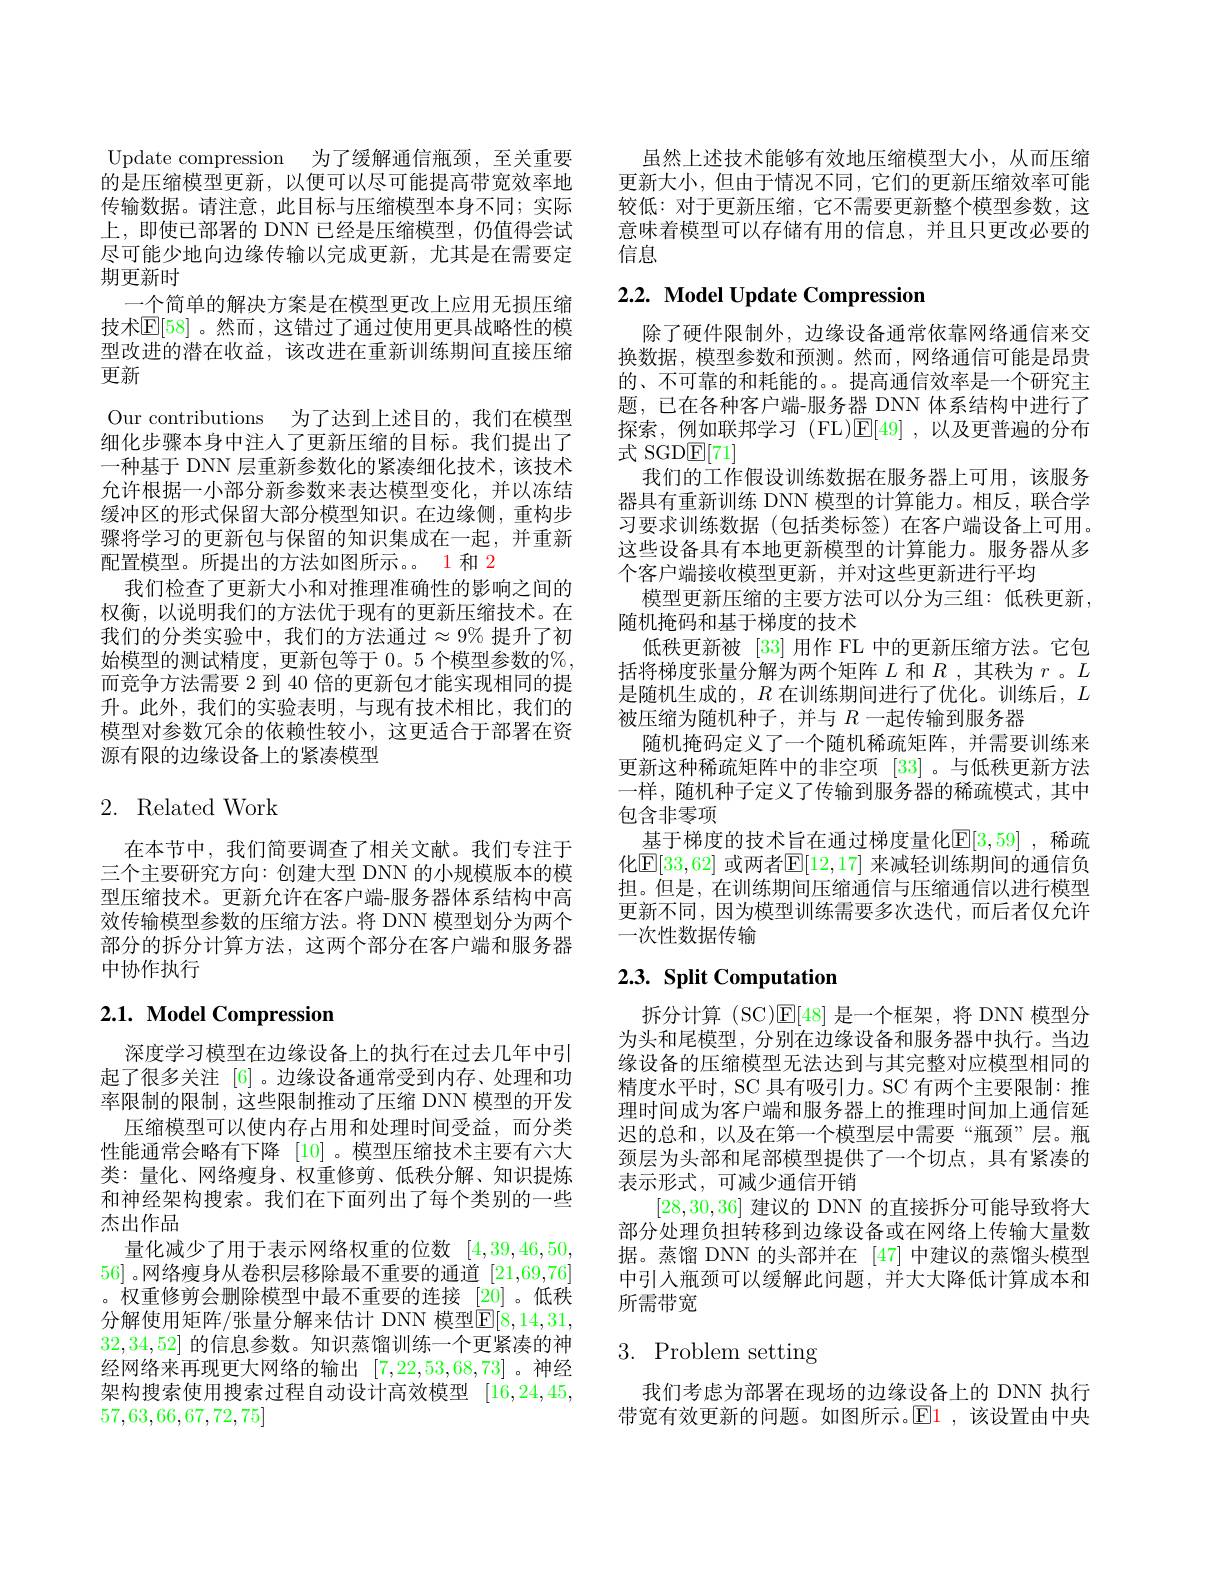
Update compression 为了缓解通信瓶颈，至关重要的是压缩模型更新，以便可以尽可能提高带宽效率地传输数据。请注意，此目标与压缩模型本身不同；实际上，即使已部署的 DNN 已经是压缩模型，仍值得尝试尽可能少地向边缘传输以完成更新，尤其是在需要定期更新时
一个简单的解决方案是在模型更改上应用无损压缩技术$\mathbb{E}[58]$。然而，这错过了通过使用更具战略性的模型改进的潜在收益，该改进在重新训练期间直接压缩更新
Our contributions 为了达到上述目的，我们在模型细化步骤本身中注人了更新压缩的目标。我们提出了一种基于 DNN 层重新参数化的紧凑细化技术，该技术允许根据一小部分新参数来表达模型变化，并以冻结缓冲区的形式保留大部分模型知识。在边缘侧，重构步骤将学习的更新包与保留的知识集成在一起，并重新配置模型。所提出的方法如图所示。1 和 2
我们检查了更新大小和对推理准确性的影响之间的权衡，以说明我们的方法优于现有的更新压缩技术。在我们的分类实验中，我们的方法通过$\approx9\%$ 提升了初始模型的测试精度，更新包等于 0。5 个模型参数的$\%$, 而竞争方法需要 2 到 40 倍的更新包才能实现相同的提升。此外，我们的实验表明，与现有技术相比，我们的模型对参数冗余的依赖性较小，这更适合于部署在资源有限的边缘设备上的紧凑模型

# 2. Related Work

在本节中，我们简要调查了相关文献。我们专注于三个主要研究方向：创建大型 DNN 的小规模版本的模型压缩技术。更新允许在客户端-服务器体系结构中高效传输模型参数的压缩方法。将 DNN 模型划分为两个部分的拆分计算方法，这两个部分在客户端和服务器中协作执行

# 2.1. Model Compression

深度学习模型在边缘设备上的执行在过去几年中引起了很多关注 [6] 。边缘设备通常受到内存、处理和功率限制的限制，这些限制推动了压缩 DNN 模型的开发
压缩模型可以使内存占用和处理时间受益，而分类性能通常会略有下降[10] 。模型压缩技术主要有六大类：量化、网络瘦身、权重修剪、低秩分解、知识提炼和神经架构搜索。我们在下面列出了每个类别的一些杰出作品
量化减少了用于表示网络权重的位数[4,39,46,50, 56] 。网络瘦身从卷积层移除最不重要的通道[21,69,76] 。权重修剪会删除模型中最不重要的连接[20] 。低秩分解使用矩阵/张量分解来估计 DNN 模型$\boxed{\mathrm{E}}[8,14,31$, 32,34,52]的信息参数。知识蒸馏训练一个更紧凑的神经网络来再现更大网络的输出[7,22,53,68,73] 。神经架构搜索使用搜索过程自动设计高效模型[16,24,45, 57,63,66,67,72,75]

虽然上述技术能够有效地压缩模型大小，从而压缩更新大小，但由于情况不同，它们的更新压缩效率可能较低：对于更新压缩，它不需要更新整个模型参数，这意味着模型可以存储有用的信息，并且只更改必要的信息

# 2.2. Model Update Compression

除了硬件限制外，边缘设备通常依靠网络通信来交换数据，模型参数和预测。然而，网络通信可能是昂贵的、不可靠的和耗能的。。提高通信效率是一个研究主题，已在各种客户端-服务器 DNN 体系结构中进行了探索，例如联邦学习 (FL)$\mathbb{E}[49]$ ,以及更普遍的分布式 SGDE[71]
我们的工作假设训练数据在服务器上可用，该服务器具有重新训练 DNN 模型的计算能力。相反，联合学习要求训练数据(包括类标签)在客户端设备上可用。这些设备具有本地更新模型的计算能力。服务器从多个客户端接收模型更新，并对这些更新进行平均
模型更新压缩的主要方法可以分为三组：低秩更新，
随机掩码和基于梯度的技术
低秩更新被 [33] 用作 FL 中的更新压缩方法。它包括将梯度张量分解为两个矩阵$L$和$R$ ,其秩为$r$ 。$L$ 是随机生成的，$R$在训练期间进行了优化。训练后，$L$ 被压缩为随机种子，并与$R$一起传输到服务器
随机掩码定义了一个随机稀疏矩阵，并需要训练来更新这种稀疏矩阵中的非空项[33] 。与低秩更新方法一样，随机种子定义了传输到服务器的稀疏模式，其中包含非零项
基于梯度的技术旨在通过梯度量化$\mathbb{E}[3,59]$ ,稀疏化$\mathbb{E}[33,62]$ 或两者$\mathbb{E}[12,17]$ 来减轻训练期间的通信负担。但是，在训练期间压缩通信与压缩通信以进行模型更新不同，因为模型训练需要多次迭代，而后者仅允许一次性数据传输

# $2. 3. \textbf{ Split Computation}$

拆分计算 (SC)$\mathbb{E}[48]$是一个框架，将 DNN 模型分为头和尾模型，分别在边缘设备和服务器中执行。当边缘设备的压缩模型无法达到与其完整对应模型相同的精度水平时，SC 具有吸引力。SC 有两个主要限制：推理时间成为客户端和服务器上的推理时间加上通信延迟的总和，以及在第一个模型层中需要“瓶颈”层。瓶颈层为头部和尾部模型提供了一个切点，具有紧凑的表示形式，可减少通信开销
[28,30,36]建议的 DNN 的直接拆分可能导致将大部分处理负担转移到边缘设备或在网络上传输大量数据。蒸馏 DNN 的头部并在 [47] 中建议的蒸馏头模型中引人瓶颈可以缓解此问题，并大大降低计算成本和所需带宽

# 3. Problem setting

我们考虑为部署在现场的边缘设备上的 DNN 执行带宽有效更新的问题。如图所示。$\color{red}{\mathrm{E1}}$,该设置由中央